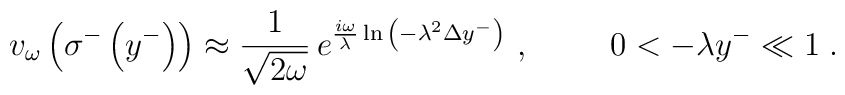
v_{\omega}\left(\sigma^-\left(y^-\right)\right)\approx{1\over\sqrt{2\omega}}\,e^{{{i\omega}\over\lambda}\ln{\left(-\lambda^2\Delta y^-\right)}}\ ,\hspace{1cm}0<-\lambda y^-\ll 1\;.